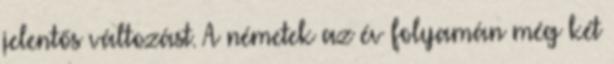
jelentős változást. A németek az év folyamán még két